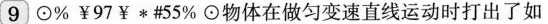
9 \odot %￥97￥*#55%\odot物体在做匀变速直线运动时打出了如